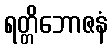
ရတ္တိဘောဇနံ